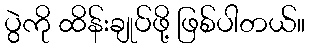
ပွဲကို ထိန်းချုပ်ဖို့ ဖြစ်ပါတယ်။